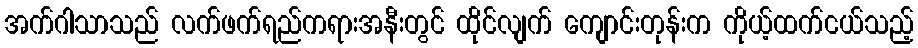
အက်ဂါသာသည် လက်ဖက်ရည်ကရားအနီးတွင် ထိုင်လျက် ကျောင်းတုန်းက ကိုယ့်ထက်ငယ်သည့်